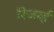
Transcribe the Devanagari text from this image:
रिजर्व्ह